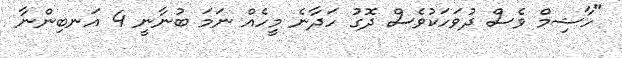
"ހާޝިމް ވެސް ދުވަހަކުވެސް ދޮގު ހަދާނެ މީހެއް ނަމަ ބުނާނީ 4 އަނބިންނާ